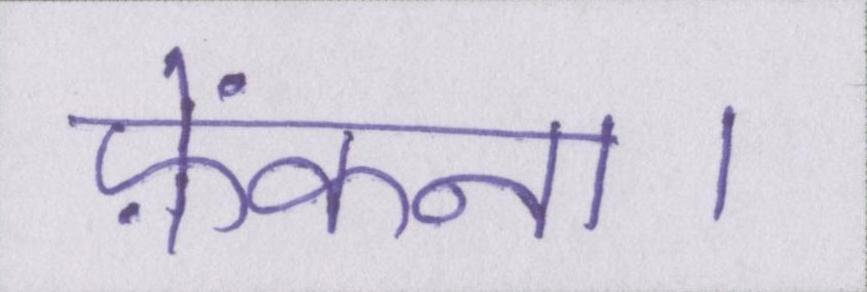
फ़ेंकना।